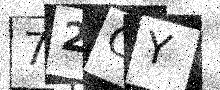
Text: 72OY